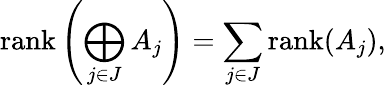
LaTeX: \operatorname{rank}\left(\bigoplus_{j\in J}A_{j}\right)=\sum_{j\in J}\operatorname{rank}(A_{j}),